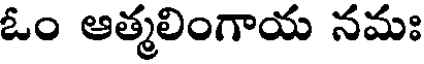
ఓం ఆత్మలింగాయ నమః